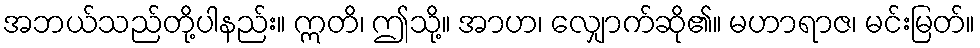
အဘယ်သည်တို့ပါနည်း။ ဣတိ၊ ဤသို့။ အာဟ၊ လျှောက်ဆို၏။ မဟာရာဇ၊ မင်းမြတ်။